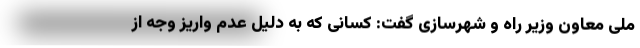
ملی معاون وزیر راه و شهرسازی گفت: کسانی که به دلیل عدم واریز وجه از